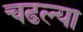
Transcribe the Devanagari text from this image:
चढल्या